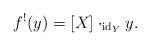
LaTeX: \begin{align*}f^!(y)=[X]\cdot_{{\rm id}_Y}y.\end{align*}